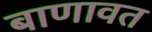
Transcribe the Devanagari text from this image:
बाणावत